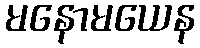
မနောမယေန